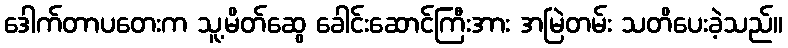
ဒေါက်တာပတေးက သူ့မိတ်ဆွေ ခေါင်းဆောင်ကြီးအား အမြဲတမ်း သတိပေးခဲ့သည်။